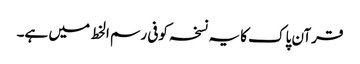
قرآن پاک کا یہ نسخہ کوفی رسم الخط میں ہے۔